Report of the Indian Hemp Drugs Commission, 1894-1895 - Volume I
Year: 1894
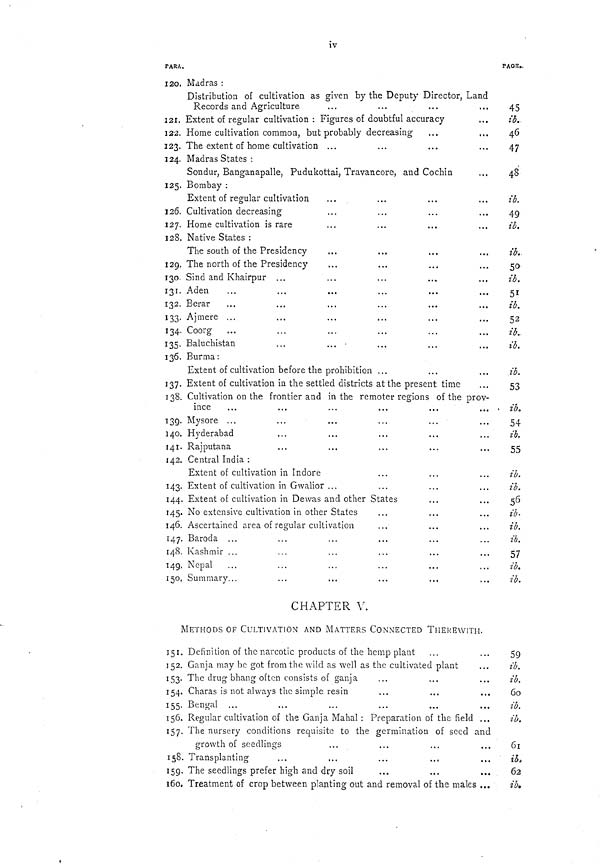
iv
PARA.
PAGE.
120. Madras:
Distribution of cultivation as given by the Deputy Director, Land
Records and Agriculture
Madras:
Distribution of cultivation as given by the Deputy Director, Land
Records and Agriculture
Madras:
Distribution of cultivation as given by the Deputy Director, Land
Records and Agriculture
45
121. Extent of regular cultivation: Figures of doubtful accuracy
ib.
122. Home cultivation common, but probably decreasing
46
123. The extent of home cultivation
47
124. Madras States:
Sondur, Banganapalle, Pudukottai, Travancore, and Cochin
48
124. Madras States:
Sondur, Banganapalle, Pudukottai, Travancore, and Cochin
48
125. Bombay:
Extent of regular cultivation
ib.
125. Bombay:
Extent of regular cultivation
ib.
126. Cultivation decreasing
49
127. Home cultivation is rare
ib.
128. Native States:
The south of the Presidency
ib.
128. Native States:
The south of the Presidency
ib.
129. The north of the Presidency
50
130. Sind and Khairpur
ib.
131. Aden
51
132. Berar
ib.
133. Ajmere
52
134. Coorg
ib.
135. Baluchistan
ib.
136. Burma:
Extent of cultivation before the prohibition
ib.
136. Burma:
Extent of cultivation before the prohibition
ib.
137. Extent of cultivation in the settled districts at the present time
53
138. Cultivation on the frontier and in the remoter regions of the prov-
ince
ib.
138. Cultivation on the frontier and in the remoter regions of the prov-
ince
ib.
139. Mysore
54
140. Hyderabad
ib.
141. Rajputana
55
142. Central India:
Extent of cultivation in Indore
ib.
142. Central India:
Extent of cultivation in Indore
ib.
143. Extent of cultivation in Gwalior
ib.
144. Extent of cultivation in Dewas and other States
56
145. No extensive cultivation in other States
ib.
146. Ascertained area of regular cultivation
ib.
147. Baroda
ib.
148. Kashmir
57
149. Nepal
ib.
150. Summary
ib.
CHAPTER V.
METHODS OF CULTIVATION AND MATTERS CONNECTED THEREWITH.
151. Definition of the narcotic products of the hemp plant
59
152. Ganja may be got from the wild as well as the cultivated plant
ib.
153. The drug bhang often consists of ganja
ib.
154. Charas is not always the simple resin
60
155. Bengal
ib.
156. Regular cultivation of the Ganja Mahal: Preparation of the field
ib.
157. The nursery conditions requisite to the germination of seed and
growth of seedlings
61
157. The nursery conditions requisite to the germination of seed and
growth of seedlings
61
158. Transplanting
ib.
159. The seedlings prefer high and dry soil
62
160. Treatment of crop between planting out and removal of the males
ib.